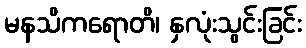
မနသိကရောတိ၊ နှလုံးသွင်းခြင်း